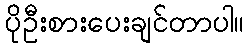
ပိုဦးစားပေးချင်တာပါ။